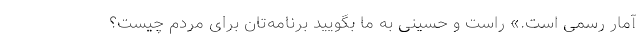
آمار رسمی است.» راست و حسینی به ما بگویید برنامه‌تان برای مردم چیست؟